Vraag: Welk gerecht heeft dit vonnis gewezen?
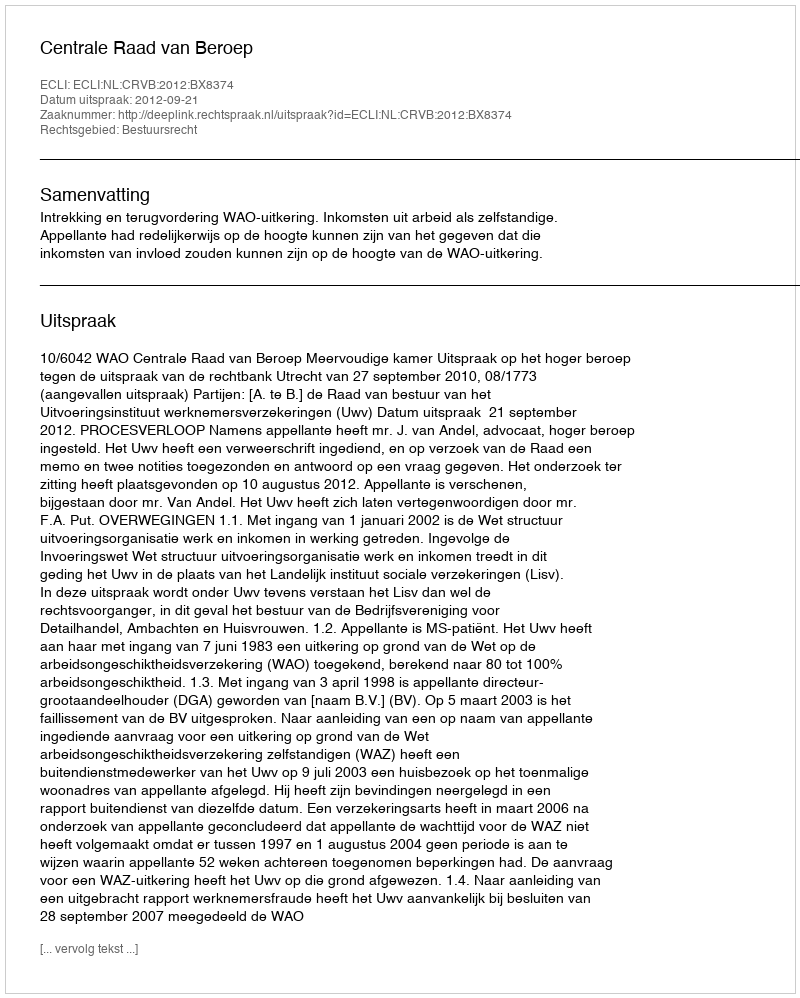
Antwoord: Centrale Raad van Beroep